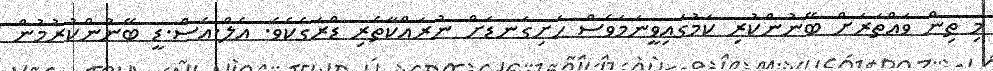
މި ތިން ވައްތަރަށް ބޭނުންކުރި ކަމުގައިވީނަމަވެސް ހަށިގަނޑަށް ނުރައްކާތެރި ޑްރަގެކެވެ. އެލް.އެސް.ޑީ ބޭނުންކުރުމުން